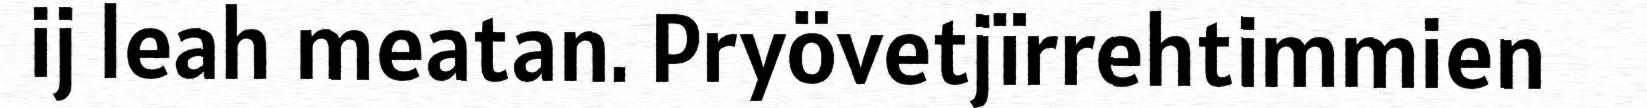
ij leah meatan. Pryövetjïrrehtimmien